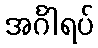
အင်္ဂါရပ်